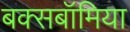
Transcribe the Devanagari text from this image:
बक्सबॉमिया